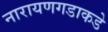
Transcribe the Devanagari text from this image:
नारायणगडाकडे